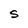
Character: S